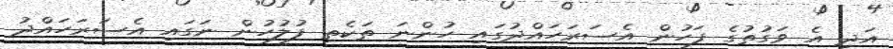
އަދި އެ ވަގުތުގެ ފަހުން އެސަރަހައްދުގައި ހުންނަ ތަކެތި ފުލުހުން ނަގައި އެސަރަހައްދު